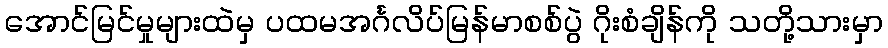
အောင်မြင်မှုများထဲမှ ပထမအင်္ဂလိပ်မြန်မာစစ်ပွဲ ဂိုးစံချိန်ကို သတို့သားမှာ